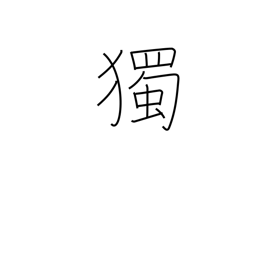
Meaning: spontaneously